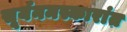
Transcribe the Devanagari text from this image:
सूर्यनमस्कारांत